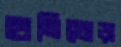
হাতিঘোড়া